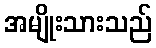
အမျိုးသားသည်